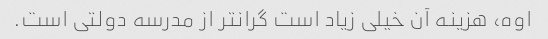
اوه، هزینه آن خیلی زیاد است گرانتر از مدرسه دولتی است.